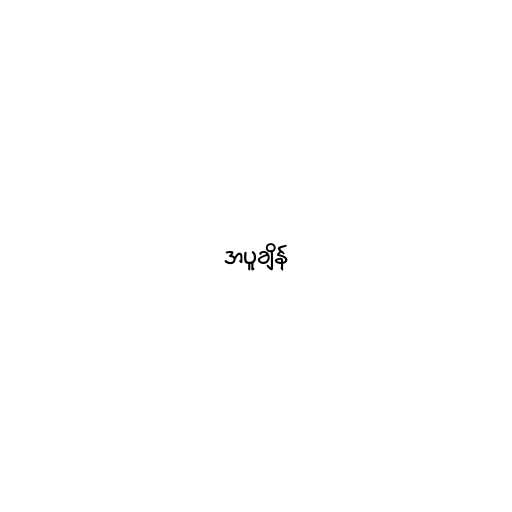
အပူချိန်